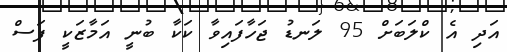
އަދި އެ ކްލަބަށް 95 ލަނޑު ޖަހާފައިވާ ކަކާ ބުނީ އަމާޒަކީ ފަސް